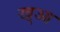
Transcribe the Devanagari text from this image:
ख्आ